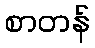
စာတန်